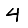
Digit: 4